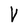
Character: V